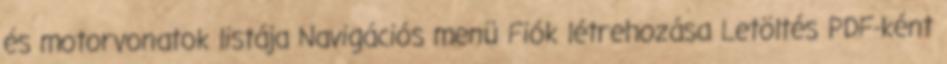
és motorvonatok listája Navigációs menü Fiók létrehozása Letöltés PDF-ként